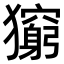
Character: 𤢶